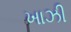
ખાઝી